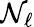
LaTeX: \mathcal{N}_{\ell}